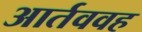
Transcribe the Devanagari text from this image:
आर्तववह